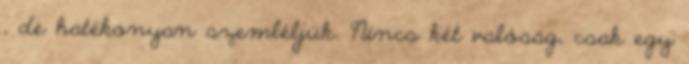
, de hatékonyan szemléljük. Nincs két valóság, csak egy